Indian journal of veterinary science and animal husbandry - Volumes 22-23, 1952-1953
Year: 1952
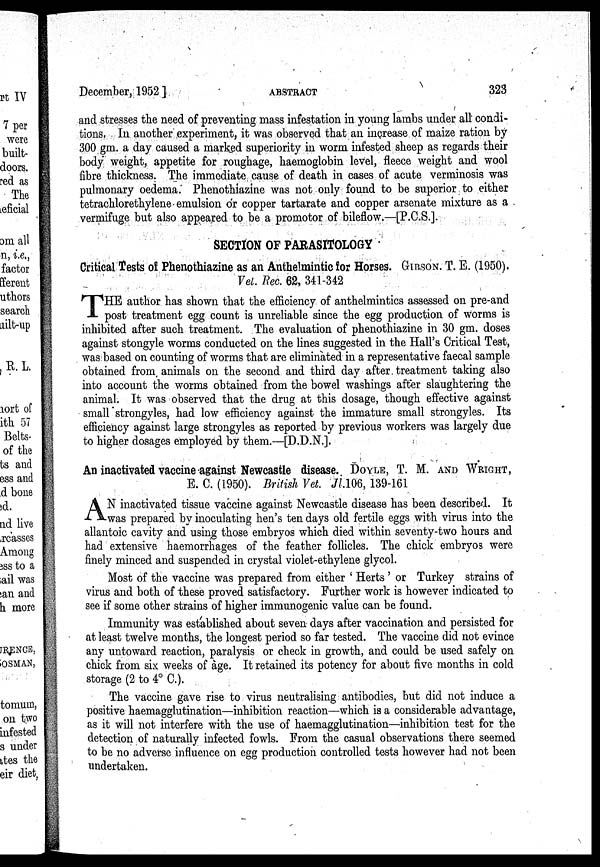
December, 1952 ]
ABSTRACT
323
and stresses the need of preventing mass infestation in young lambs under all condi-
tions. In another experiment, it was observed that an increase of maize ration by
300 gm. a day caused a marked superiority in worm infested sheep as regards their
body weight, appetite for roughage, haemoglobin level, fleece weight and wool
fibre thickness. The immediate cause of death in cases of acute verminosis was
pulmonary oedema. Phenothiazine was not only found to be superior to either
tetrachlorethylene emulsion or copper tartarate and copper arsenate mixture as a
vermifuge but also appeared to be a promotor of bileflow.—[P.C.S.].
SECTION OF PARASITOLOGY
Critical Tests of Phenothiazine as an Anthelmintic for Horses. GIBSON. T. E. (1950).
Vet. Rec. 62, 341-342
T HE author has shown that the efficiency of anthelmintics assessed on pre-and
post treatment egg count is unreliable since the egg production of worms is
inhibited after such treatment. The evaluation of phenothiazine in 30 gm. doses
against stongyle worms conducted on the lines suggested in the Hall's Critical Test,
was based on counting of worms that are eliminated in a representative faecal sample
obtained from animals on the second and third day after, treatment taking also
into account the worms obtained from the bowel washings after slaughtering the
animal. It was observed that the drug at this dosage, though effective against
small strongyles, had low efficiency against the immature small strongyles. Its
efficiency against large strongyles as reported by previous workers was largely due
to higher dosages employed by them.—[D.D.N.].
An inactivated vaccine against Newcastle disease. DOYLE, T. M. AND WRIGHT,
E. C. (1950). British Vet. Jl.06, 139-161
A N inactivated tissue vaccine against Newcastle disease has been described. It
was prepared by inoculating hen's ten days old fertile eggs with virus into the
allantoic cavity and using those embryos which died within seventy-two hours and
had extensive haemorrhages of the feather follicles. The chick embryos were
finely minced and suspended in crystal violet-ethylene glycol.
Most of the vaccine was prepared from either ' Herts ' or Turkey strains of
virus and both of these proved satisfactory. Further work is however indicated to
see if some other strains of higher immunogenic value can be found.
Immunity was established about seven days after vaccination and persisted for
at least twelve months, the longest period so far tested. The vaccine did not evince
any untoward reaction, paralysis or check in growth, and could be used safely on
chick from six weeks of age. It retained its potency for about five months in cold
storage (2 to 4° C.).
The vaccine gave rise to virus neutralising antibodies, but did not induce a
positive haemagglutination—inhibition reaction—which is a considerable advantage,
as it will not interfere with the use of haemagglutination—inhibition test for the
detection of naturally infected fowls. From the casual observations there seemed
to be no adverse influence on egg production controlled tests however had not been
undertaken.